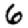
Digit: 6